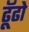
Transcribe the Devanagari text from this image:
ढूॅढो